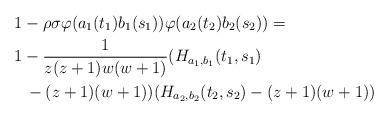
LaTeX: \begin{align*}&1 - \rho\sigma\varphi(a_1(t_1)b_1(s_1))\varphi(a_2(t_2)b_2(s_2)) = \\&1 - \frac {1}{z(z+1)w(w+1)} (H_{a_1,b_1}(t_1,s_1) \\&\ \ - (z+1)(w+1))(H_{a_2,b_2}(t_2,s_2) - (z+1)(w+1))\end{align*}